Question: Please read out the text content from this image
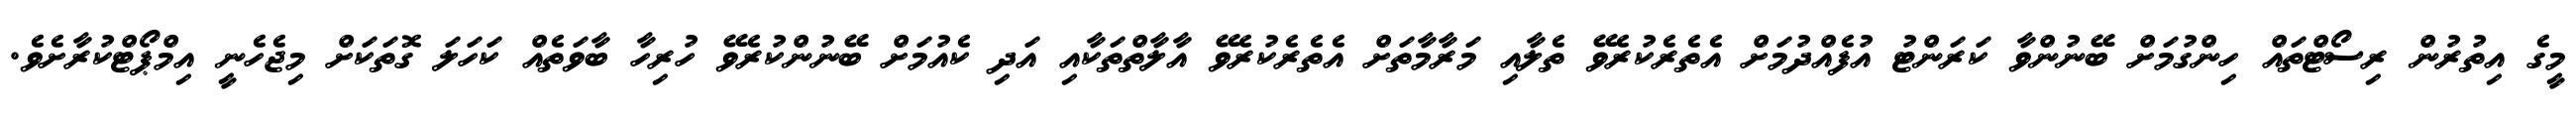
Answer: މީގެ އިތުރުން ރިސޯޓްތައް ހިންގުމަށް ބޭނުންވާ ކަރަންޓު އުފެއްދުމަށް އެތެރެކުރެވޭ ތެލާއި މަރާމާތަށް އެތެރެކުރެވޭ އާލާތްތަކާއި އަދި ކެއުމަށް ބޭނުންކުރެވޭ ހުރިހާ ބާވަތެއް ކަހަލަ ގޮތަކަށް މިޖެހެނީ އިމްޕޯޓްކުރާށެވެ.